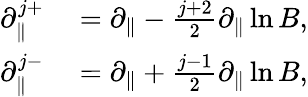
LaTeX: \begin{array}{rl}{\partial_{\| }^{j+}}&{{}=\partial_{\| }-\frac{j+2}{2}\partial_{\| }\ln B,}\\ {\partial_{\| }^{j-}}&{{}=\partial_{\| }+\frac{j-1}{2}\partial_{\| }\ln B,}\end{array}